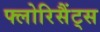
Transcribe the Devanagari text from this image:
फ्लोरिसैंट्स